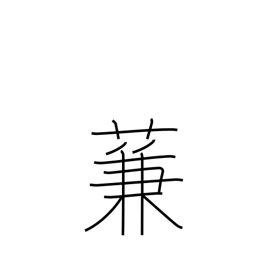
Meaning: type of reed